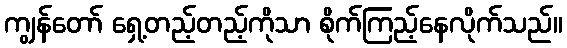
ကျွန်တော် ရှေ့တည့်တည့်ကိုသာ စိုက်ကြည့်နေလိုက်သည်။